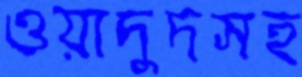
ওয়াদুদসহ